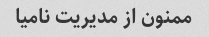
ممنون از مدیریت نامیا